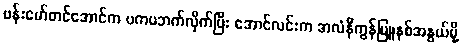
ဗန်းမော်တင်အောင်က ဗကပဘက်လိုက်ပြီး အောင်လင်းက အလံနီကွန်မြူနစ်အနွယ်မို့